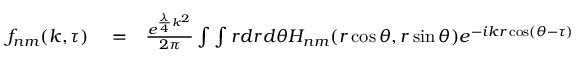
\begin{array} { r l r } { f _ { n m } ( k , \tau ) } & { { } = } & { \frac { e ^ { \frac { \lambda } { 4 } k ^ { 2 } } } { 2 \pi } \int \int r d r d \theta H _ { n m } ( r \cos \theta , r \sin \theta ) e ^ { - i k r \cos ( \theta - \tau ) } } \end{array}